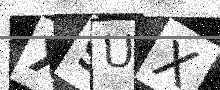
Text: X9UX